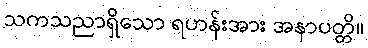
သကသညာရှိသော ရဟန်းအား အနာပတ္တိ။